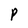
Character: P